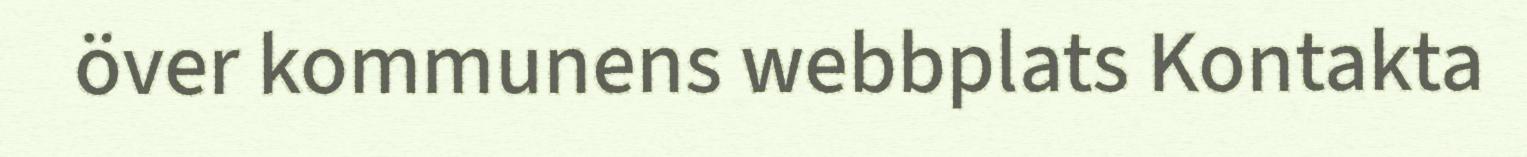
över kommunens webbplats Kontakta